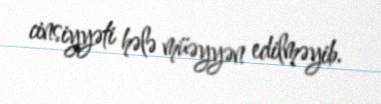
cinsiyyəti hələ müəyyən edilməyib.